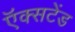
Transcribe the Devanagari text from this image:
ऍक्सटेंड